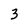
Character: 3